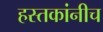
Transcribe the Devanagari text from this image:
हस्तकांनीच